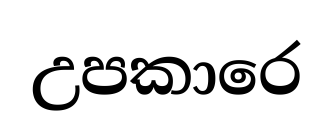
උපකාරෙ